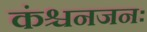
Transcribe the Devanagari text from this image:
कंश्चनजनः